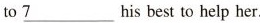
to \underline{7}his best to help her.